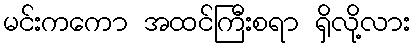
မင်းကကော အထင်ကြီးစရာ ရှိလို့လား